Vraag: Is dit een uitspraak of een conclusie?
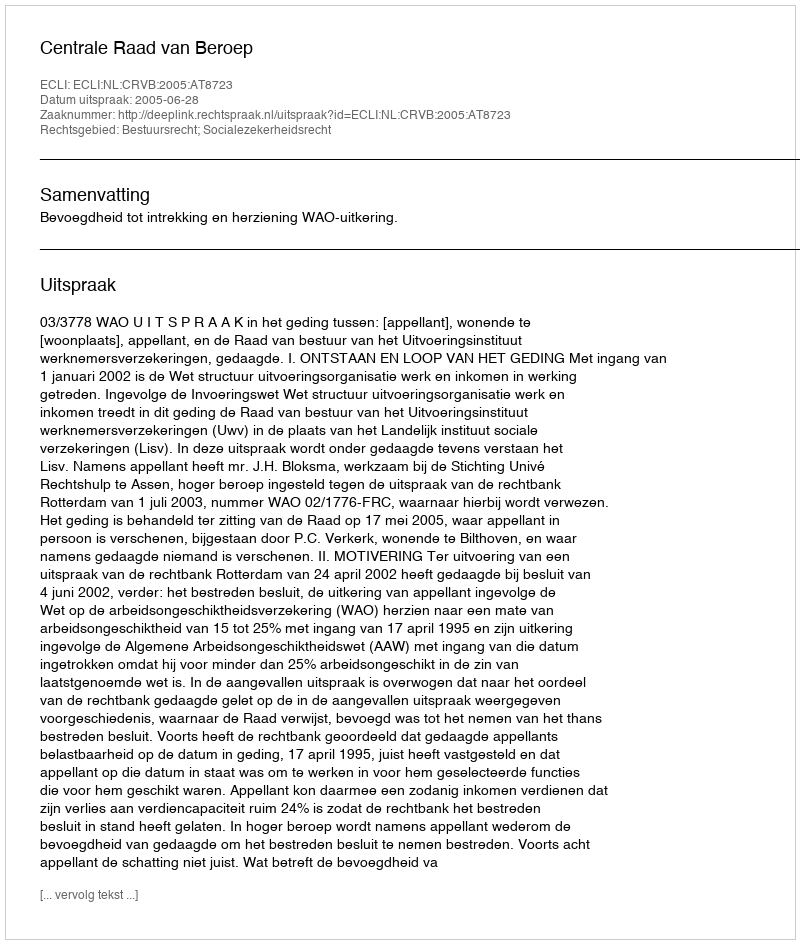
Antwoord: Uitspraak